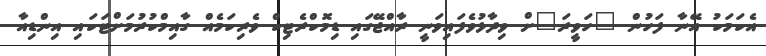
އެކަމަކު އޭނާ ފަހުން "ހަވީރަ"ށް ވިދާޅުވެފައިވަނީ ރާއްޖޭގައި ޑިމޮކްރެޓިކް ވެރިކަމެއް ގާއިމްކުރުމަށްޓަކައި އިންޑިއާ